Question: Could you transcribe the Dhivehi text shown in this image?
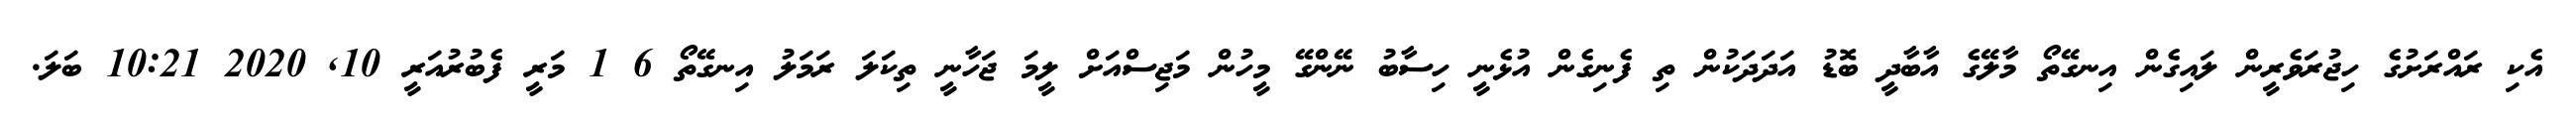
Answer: އެކި ރައްރަށުގެ ހިޖުރަވެރީން ލައިގެން އިނގޭތޯ މާލޭގެ އާބާދީ ބޮޑު އަދަދަކުން ތި ފެނިގެން އުޅެނީ ހިސާބު ނޭންގޭ މީހުން މަޖިސްއަށް ލީމަ ޖަހާނީ ތިކަލަ ރަމަލު އިނގޭތޯ 6 1 މަރީ ފެބުރުއަރީ 10, 2020 10:21 ބަލަ.